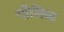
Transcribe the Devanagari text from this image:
गौलिक